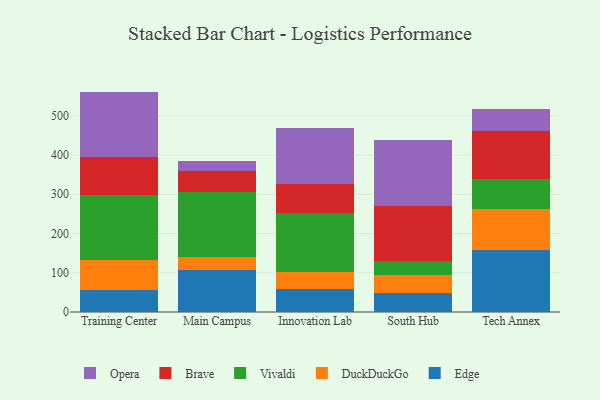
{"axis": {"x": "Campus", "y": "Headcount"}, "legend": ["Brave", "DuckDuckGo", "Edge", "Opera", "Vivaldi"], "data": [{"x": "Training Center", "y": 56.2, "type": "Edge"}, {"x": "Training Center", "y": 76.9, "type": "DuckDuckGo"}, {"x": "Training Center", "y": 164.0, "type": "Vivaldi"}, {"x": "Training Center", "y": 99.1, "type": "Brave"}, {"x": "Training Center", "y": 165.5, "type": "Opera"}, {"x": "Main Campus", "y": 107.3, "type": "Edge"}, {"x": "Main Campus", "y": 33.0, "type": "DuckDuckGo"}, {"x": "Main Campus", "y": 166.8, "type": "Vivaldi"}, {"x": "Main Campus", "y": 51.2, "type": "Brave"}, {"x": "Main Campus", "y": 27.3, "type": "Opera"}, {"x": "Innovation Lab", "y": 58.7, "type": "Edge"}, {"x": "Innovation Lab", "y": 42.3, "type": "DuckDuckGo"}, {"x": "Innovation Lab", "y": 151.7, "type": "Vivaldi"}, {"x": "Innovation Lab", "y": 73.7, "type": "Brave"}, {"x": "Innovation Lab", "y": 142.0, "type": "Opera"}, {"x": "South Hub", "y": 49.3, "type": "Edge"}, {"x": "South Hub", "y": 45.7, "type": "DuckDuckGo"}, {"x": "South Hub", "y": 35.6, "type": "Vivaldi"}, {"x": "South Hub", "y": 139.8, "type": "Brave"}, {"x": "South Hub", "y": 167.7, "type": "Opera"}, {"x": "Tech Annex", "y": 157.4, "type": "Edge"}, {"x": "Tech Annex", "y": 104.3, "type": "DuckDuckGo"}, {"x": "Tech Annex", "y": 78.0, "type": "Vivaldi"}, {"x": "Tech Annex", "y": 122.8, "type": "Brave"}, {"x": "Tech Annex", "y": 55.4, "type": "Opera"}]}